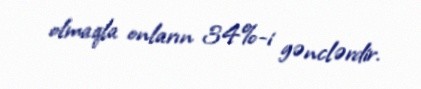
olmaqla onların 34%-i gənclərdir.